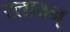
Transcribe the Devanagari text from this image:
रत्तावन्